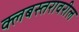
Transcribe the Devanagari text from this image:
क्लबस्तरावरील